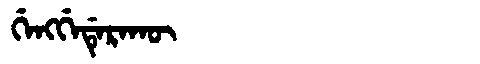
Manchu: ᡤᡝᠩᡤᡝᡩᡝᡵᠠᡴᡡ
Romanization: GENGGEDERAKŪ